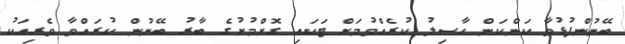
ބޭނުންފުޅުވާ ކަންކަން ހާސިލު ކުރެއްވުމަށް ޓަކައި ގޮށްމުށުގެ ބާރު ބޭނުން ކުރައްވާ ވެރިއަކު